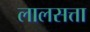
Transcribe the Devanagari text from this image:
लालसत्ता